Vaccination report Assam 1874-1896 - 1874-1896
Year: 1874
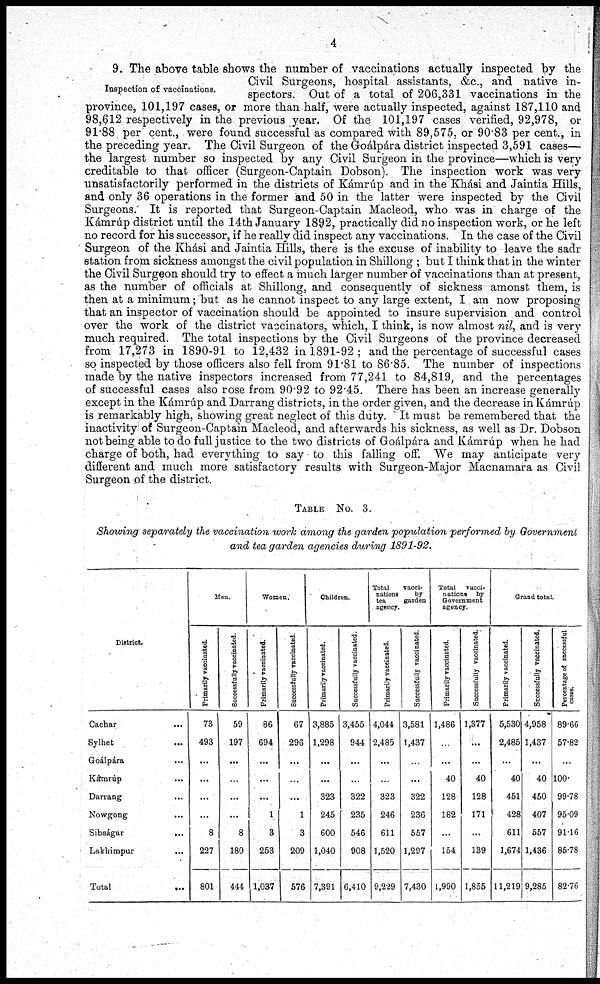
4
Inspection of vaccinations.
9. The above table shows the number of vaccinations actually inspected by the
Civil Surgeons, hospital assistants, &c., and native in-
spectors. Out of a total of 206,331 vaccinations in the
province, 101,197 cases, or more than half, were actually inspected, against 187,110 and
98,612 respectively in the previous year. Of the 101,197 cases verified, 92,978, or
91.88 per cent., were found successful as compared with 89,575, or 90.83 per cent., in
the preceding year. The Civil Surgeon of the Goálpára district inspected 3,591 cases—
the largest number so inspected by any Civil Surgeon in the province—which is very
creditable to that officer (Surgeon-Captain Dobson). The inspection work was very
unsatisfactorily performed in the districts of Kámrúp and in the Khási and Jaintia Hills,
and only 36 operations in the former and 50 in the latter were inspected by the Civil
Surgeons. It is reported that Surgeon-Captain Macleod, who was in charge of the
Kámrúp district until the 14th January 1892, practically did no inspection work, or he left
no record for his successor, if he really did inspect any vaccinations. In the case of the Civil
Surgeon of the Khási and Jaintia Hills, there is the excuse of inability to leave the sadr
station from sickness amongst the civil population in Shillong ; but I think that in the winter
the Civil Surgeon should try to effect a much larger number of vaccinations than at present,
as the number of officials at Shillong, and consequently of sickness amonst them, is
then at a minimum; but as he cannot inspect to any large extent, I am now proposing
that an inspector of vaccination should be appointed to insure supervision and control
over the work of the district vaccinators, which, I think, is now almost nil, and is very
much required. The total inspections by the Civil Surgeons of the province decreased
from 17,273 in 1890-91 to 12,432 in 1891-92 ; and the percentage of successful cases
so inspected by those officers also fell from 91.81 to 86.85. The number of inspections
made by the native inspectors increased from 77,241 to 84,819, and the percentages
of successful cases also rose from 90.92 to 92.45. There has been an increase generally
except in the Kámrúp and Darrang districts, in the order given, and the decrease in Kámrúp
is remarkably high, showing great neglect of this duty. It must be remembered that the
inactivity of Surgeon-Captain Macleod, and afterwards his sickness, as well as Dr. Dobson
not being able to do full justice to the two districts of Goálpára and Kámrúp when he had
charge of both, had everything to say to this falling off. We may anticipate very
different and much more satisfactory results with Surgeon-Major Macnamara as Civil
Surgeon of the district.
TABLE No. 3.
Showing separately the vaccination work among the garden population performed by Governme
and tea garden agencies during 1891-92.
District.
Cachar ...
Sylhet ...
Goálpára ...
Kámrúp ...
Darrang ...
Nowgong ...
Sibságar
...
Lakhimpur ...
Total ...
Men.
Primarily vaccinated.
73
493
...
...
...
...
8
227
801
Successfully vaccinated.
59
197
...
...
...
...
8
180
444
Women.
Primarily vaccinated.
86
694
...
...
...
1
3
253
1,037
Successfully vaccinated.
67
296
...
...
...
1
3
209
576
Children.
Primarily vaccinated.
3,885
1,298
...
...
323
245
600
1,040
7,391
Successfully vaccinated.
3,455
944
...
...
322
235
546
908
6,410
Total
vacci-
nations
by
tea
garden
agency.
Primarily vaccinated.
4,044
2,485
...
...
323
246
611
1,520
9,229
Successfully vaccinated
3,581
1,437
...
...
322
236
557
1,297
7,430
Total vacci-
nations by
Government
agency.
Primarily vaccinated.
1,486
...
...
40
128
182
...
154
1,990
Successfully vaccinated.
1,377
...
...
40
128
171
...
139
1,855
Grand total
Primarily vaccinated.
5,530
2,485
...
40
451
428
611
1,674
11,219
Successfully vaccinated.
4,958
1,437
...
40
450
407
557
1,436
9,285
Percentage of successful
cases.
89.66
57.82
...
100.
99.78
95.09
91.16
85.78
82.76